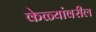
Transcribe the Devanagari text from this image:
केळ्यांवरील